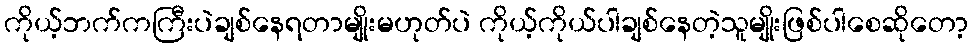
ကိုယ့်ဘက်ကကြီးပဲချစ်နေရတာမျိုးမဟုတ်ပဲ ကိုယ့်ကိုယ်ပါချစ်နေတဲ့သူမျိုးဖြစ်ပါစေဆိုတော့